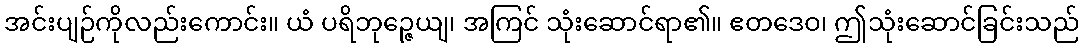
အင်းပျဉ်ကိုလည်းကောင်း။ ယံ ပရိဘုဉ္ဇေယျ၊ အကြင် သုံးဆောင်ရာ၏။ ဧတဒေဝ၊ ဤသုံးဆောင်ခြင်းသည်